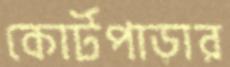
কোর্টপাড়ার